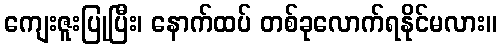
ကျေးဇူးပြုပြီး၊ နောက်ထပ် တစ်ခုလောက်ရနိုင်မလား။